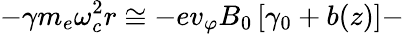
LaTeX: -\gamma m_{e}\omega_{c}^{2}r\cong-ev_{\varphi}B_{0}\left[\gamma_{0}+b(z)\right]-